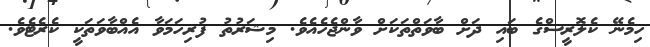
ހިމެނޭ ކެލޮރީސްގެ ބައި ދަށް ބާވަތްތަކަށް ވާންޖެހެއެވެ. މިޝަރުތު ފުރިހަމަވާ އެއްބާވަތަކީ ކެރެޓެވެ.